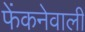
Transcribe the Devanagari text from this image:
फेंकनेवाली